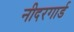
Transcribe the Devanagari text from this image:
नीदरगार्ड